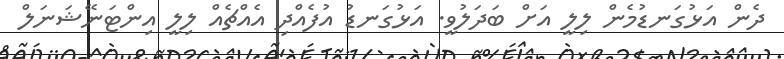
ދެން އަޅުގަނޑުމެން ލިލީ އަށް ބަދަލުވީ. އަޅުގަނޑު އުފެއްދި އެއްޗެއް ލިލީ އިންޓަނޭޝަނަލް